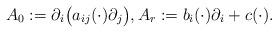
\begin{align*} A_{0} := \partial_{i} \big(a_{ij}(\cdot) \partial_{j}\big), A_{r} := b_{i}(\cdot) \partial_{i} + c(\cdot). \end{align*}